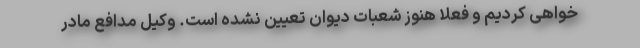
خواهی کردیم و فعلاً هنوز شعبات دیوان تعیین نشده است. وکیل مدافع مادر